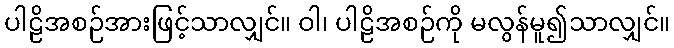
ပါဠိအစဉ်အားဖြင့်သာလျှင်။ ဝါ၊ ပါဠိအစဉ်ကို မလွန်မူ၍သာလျှင်။